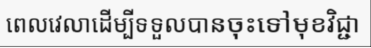
ពេលវេលាដើម្បីទទួលបានចុះទៅមុខវិជ្ជា